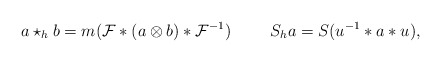
\begin{align*}a\star _{h}b = m({\cal F}*(a \otimes b)*{\cal F}^{-1})\hskip 1cm S_{h}a = S(u^{-1}*a*u),\end{align*}